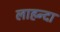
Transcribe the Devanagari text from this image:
लाहन्दा